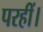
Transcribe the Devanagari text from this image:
परहीं।